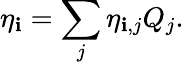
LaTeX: \eta_{\mathbf{i}}=\sum_{j}\eta_{\mathbf{i},j}Q_{j}.